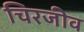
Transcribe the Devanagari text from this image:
चिरजीव